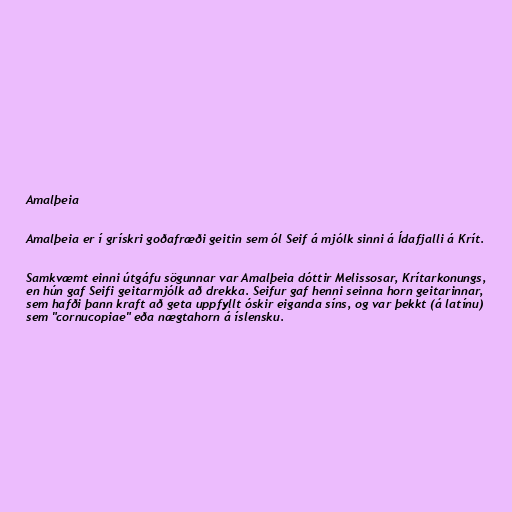
Amalþeia

Amalþeia er í grískri goðafræði geitin sem ól Seif á mjólk sinni á Ídafjalli á Krít.

Samkvæmt einni útgáfu sögunnar var Amalþeia dóttir Melissosar, Krítarkonungs,
en hún gaf Seifi geitarmjólk að drekka. Seifur gaf henni seinna horn geitarinnar,
sem hafði þann kraft að geta uppfyllt óskir eiganda síns, og var þekkt (á latínu)
sem "cornucopiae" eða nægtahorn á íslensku.